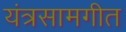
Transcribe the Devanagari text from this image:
यंत्रसामगीत